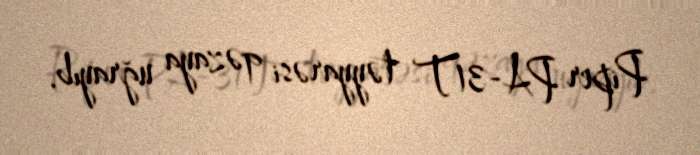
Piper PA-31T təyyarəsi qəzaya uğrayıb.